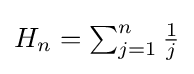
{\textstyle H_{n}=\sum _{j=1}^{n}{\frac {1}{j}}}